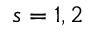
s = 1 , 2